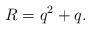
LaTeX: \begin{align*} R = q^2 + q.\end{align*}